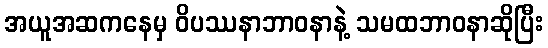
အယူအဆကနေမှ ဝိပဿနာဘာဝနာနဲ့ သမထဘာဝနာဆိုပြီး